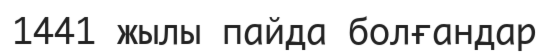
1441 жылы пайда болғандар